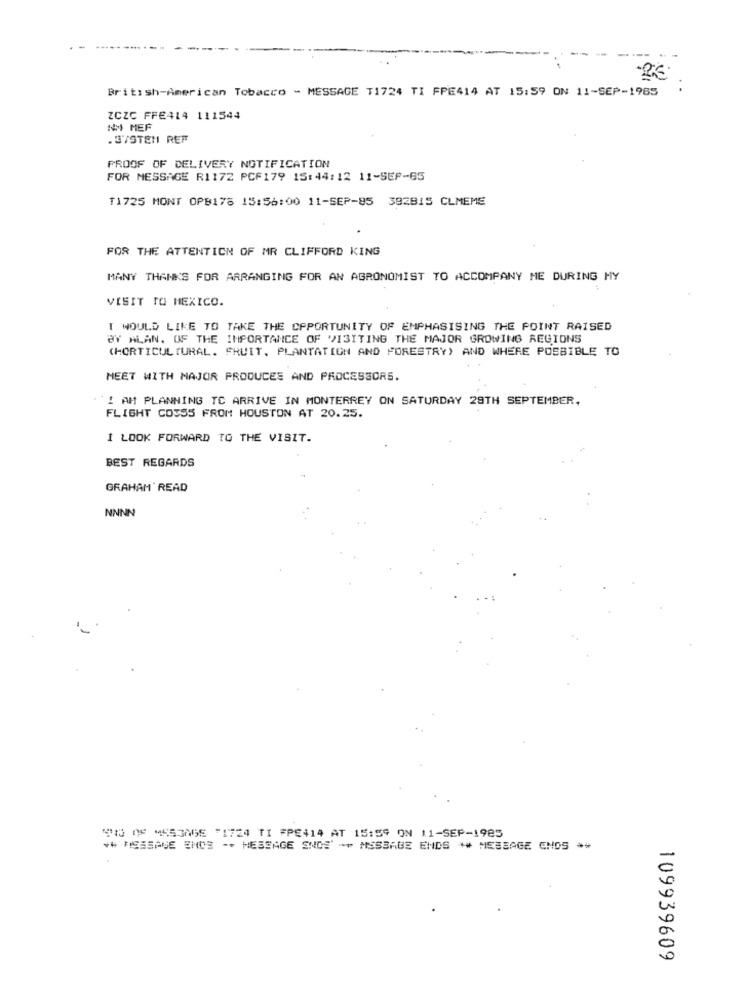
British-American Tobacco - MESSAGE T1724 TI FPE414 AT 15:59 ON 11-SEP-1985
ZCZC FFE414 111544
NM MEF
.3/STEN REF
PROOF OF DELIVERY NOTIFICATION
FOR MESSAGE R1172 PCF179 15:44:12 11-SEP-65
T1725 MONT OPB178 15:56:00 11-SEP-95 382815 CLMEME
FOR THE ATTENTION OF MR CLIFFORD KING
MANY THANKS FOR ARRANGING FOR AN AGRONOMIST TO ACCOMPANY ME DURING HY
VISIT TO MEXICO.
T WOULD LIKE TO TAKE THE OPPORTUNITY OF EMPHASISING THE POINT RAISED
BY ALAN. OF THE IMPORTANCE OF VISITING THE MAJOR GROWING REGIONS
(HORTICULTURAL. FRUIT, PLANTATION AND FORESTRY) AND WHERE POSSIBLE TO
MEET WITH MAJOR PRODUCES AND PROCESSORS.
`! AM PLANNING TO ARRIVE IN MONTERREY ON SATURDAY 29TH SEPTEMBER,
FLIGHT CO3SS FROM HOUSTON AT 20.25.
I LOOK FORWARD TO THE VISIT.
BEST REGARDS
GRAHAM READ
NNNN
19 De MES3NGE "1724 TI FPE414 AT 15:59 ON 11-SEP-1985
** MESSAGE EM03 -- MESSAGE SNOS' ** MESSAGE ENDS ** MESSAGE CNOS **
109939609